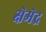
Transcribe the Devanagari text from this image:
क्षेमेद्र